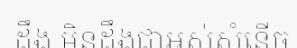
ដឹង មិនដឹងជាអស់សំនើច